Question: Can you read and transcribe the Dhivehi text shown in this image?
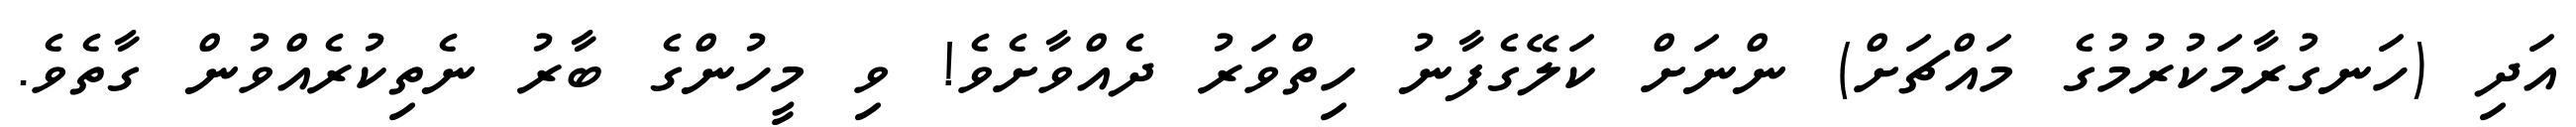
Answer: އަދި (ހަނގުރާމަކުރުމުގެ މައްޗަށް) ންނަށް ކަލޭގެފާނު ހިތްވަރު ދެއްވާށެވެ! ވި މީހުންގެ ބާރު ނެތިކުރެއްވުން ގާތެވެ.